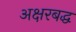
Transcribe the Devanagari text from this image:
अक्षरबद्ध